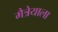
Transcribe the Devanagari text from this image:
मैत्रेयाला